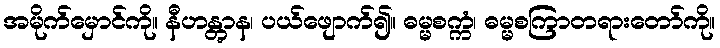
အမိုက်မှောင်ကို။ နီဟန္တွာန၊ ပယ်ဖျောက်၍။ ဓမ္မစက္ကံ၊ ဓမ္မစကြာတရားတော်ကို။